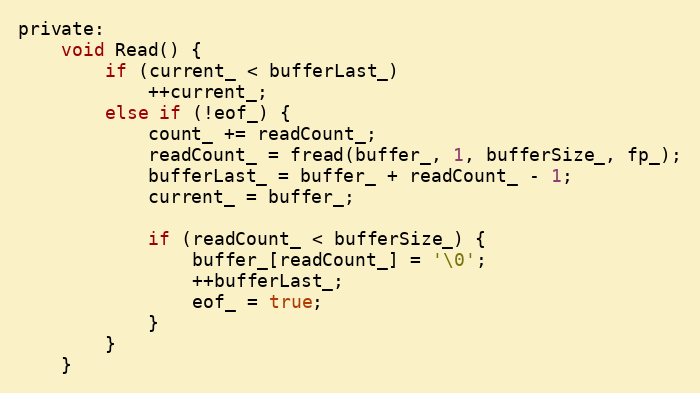
Language: C
private:
    void Read() {
        if (current_ < bufferLast_)
            ++current_;
        else if (!eof_) {
            count_ += readCount_;
            readCount_ = fread(buffer_, 1, bufferSize_, fp_);
            bufferLast_ = buffer_ + readCount_ - 1;
            current_ = buffer_;

            if (readCount_ < bufferSize_) {
                buffer_[readCount_] = '\0';
                ++bufferLast_;
                eof_ = true;
            }
        }
    }